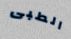
الطبى